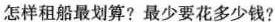
怎样租船最划算？最少要花多少钱？